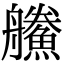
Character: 䲍